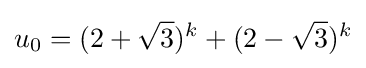
u_{0}=(2+{\sqrt {3}})^{k}+(2-{\sqrt {3}})^{k}